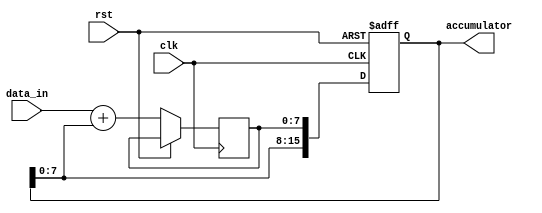
module cascaded_accumulator (
    input clk,
    input rst,
    input [7:0] data_in,
    output reg [15:0] accumulator
);

reg [7:0] data_temp;

always @(posedge clk or posedge rst) begin
    if (rst) begin
        accumulator <= 16'b0;
    end else begin
        data_temp <= data_in + accumulator[7:0];
        accumulator <= {accumulator[7:0], data_temp};
    end
end

endmodule